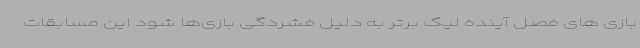
بازی های فصل آینده لیگ برتر به دلیل فشردگی بازی‌ها شود این مسابقات